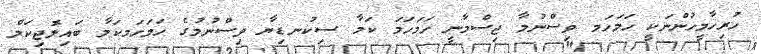
ހުރިހާމީހުންނަކީ ހަމަހަމ ވިސްނުމާ ޖިސްމާނީ ހަމަހަމަ ކަމާ ސިކުނޑިޔާ ވިސްނުމުގެ ހަމަހަމކަމާ ބައިލޮޖިކަލް